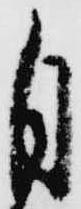
自